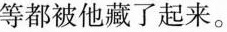
等都被他藏了起来。